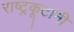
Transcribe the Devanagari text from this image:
राष्ट्रकूटांनी